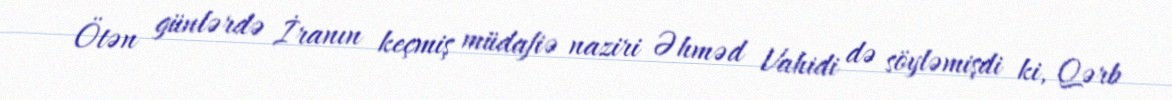
Ötən günlərdə İranın keçmiş müdafiə naziri Əhməd Vahidi də söyləmişdi ki, Qərb